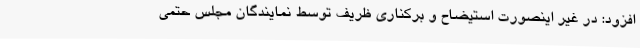
افزود: در غیر اینصورت استیضاح و برکناری ظریف توسط نمایندگان مجلس حتمی